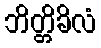
ဘိတ္တိခိလံ